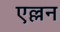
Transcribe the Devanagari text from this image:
एल्लन